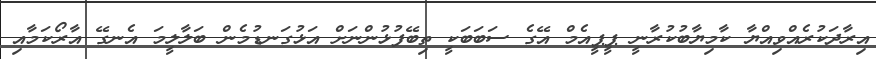
އިރާދަކުރެއްވިއްޔާ ކާމިޔާބުކުރާނީ ޕީޕީއެމް އޭގެ ސަބަބަކީ ތިބޭފުޅުންނަށް އަޅުގަނޑުމެން ބަލާލީމަ އެނގޭ އާރޯކަމާއި